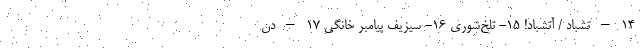
14 – تشباد / آتشباد! 15- تلخ‌شوری 16- سیزیف پیامبر خانگی 17 – دُن